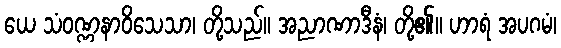
ယေ သံဝဏ္ဏနာဝိသေသာ၊ တို့သည်။ အညာဏာဒီနံ၊ တို့၏။ ဟာရံ အပဂမံ၊